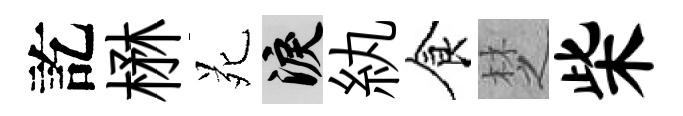
訖楙苑泪紈食椘柴